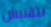
بتفتيش